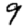
Digit: 9